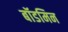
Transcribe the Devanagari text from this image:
बॉडमिन